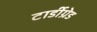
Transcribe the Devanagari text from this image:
टार्डीग्रेड